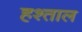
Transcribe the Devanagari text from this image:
हश्ताल